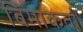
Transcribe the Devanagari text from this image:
बिमाकर्ता